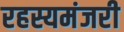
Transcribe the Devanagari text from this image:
रहस्यमंजरी